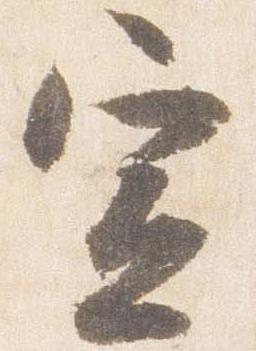
宣